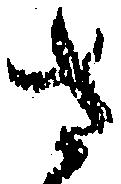
さ